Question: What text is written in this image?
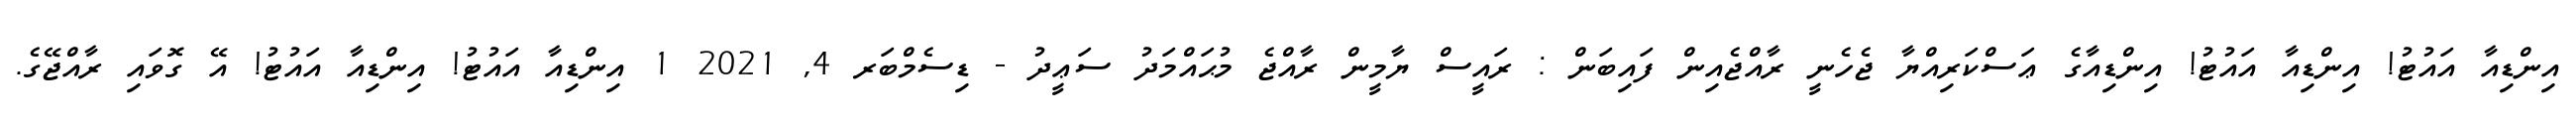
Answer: އިންޑިއާ އައުޓު! އިންޑިއާ އައުޓު! އިންޑިއާގެ ޢަސްކަރިއްޔާ ޖެހެނީ ރާއްޖެއިން ފައިބަން : ރައީސް ޔާމީން ރާއްޖެ މުޙައްމަދު ސަޢީދު - ޑިސެމްބަރ 4, 2021 1 އިންޑިއާ އައުޓު! އިންޑިއާ އައުޓު! އޭ ގޮވައި ރާއްޖޭގެ.